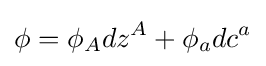
\phi =\phi _{A}dz^{A}+\phi _{a}dc^{a}